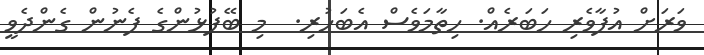
ވަރަށް އުފާވެރި ހަބަރެއް. ހިތާމަވެސް އެބަހުރި.  މި ބޭފުޅުންގެ ފެނުން ގެންދެވީ